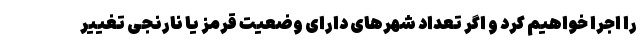
را اجرا خواهیم کرد و اگر تعداد شهرهای دارای وضعیت قرمز یا نارنجی تغییر